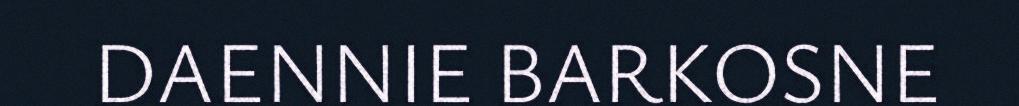
DAENNIE BARKOSNE